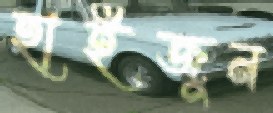
হাইজুন